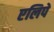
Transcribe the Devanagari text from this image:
एलिपे